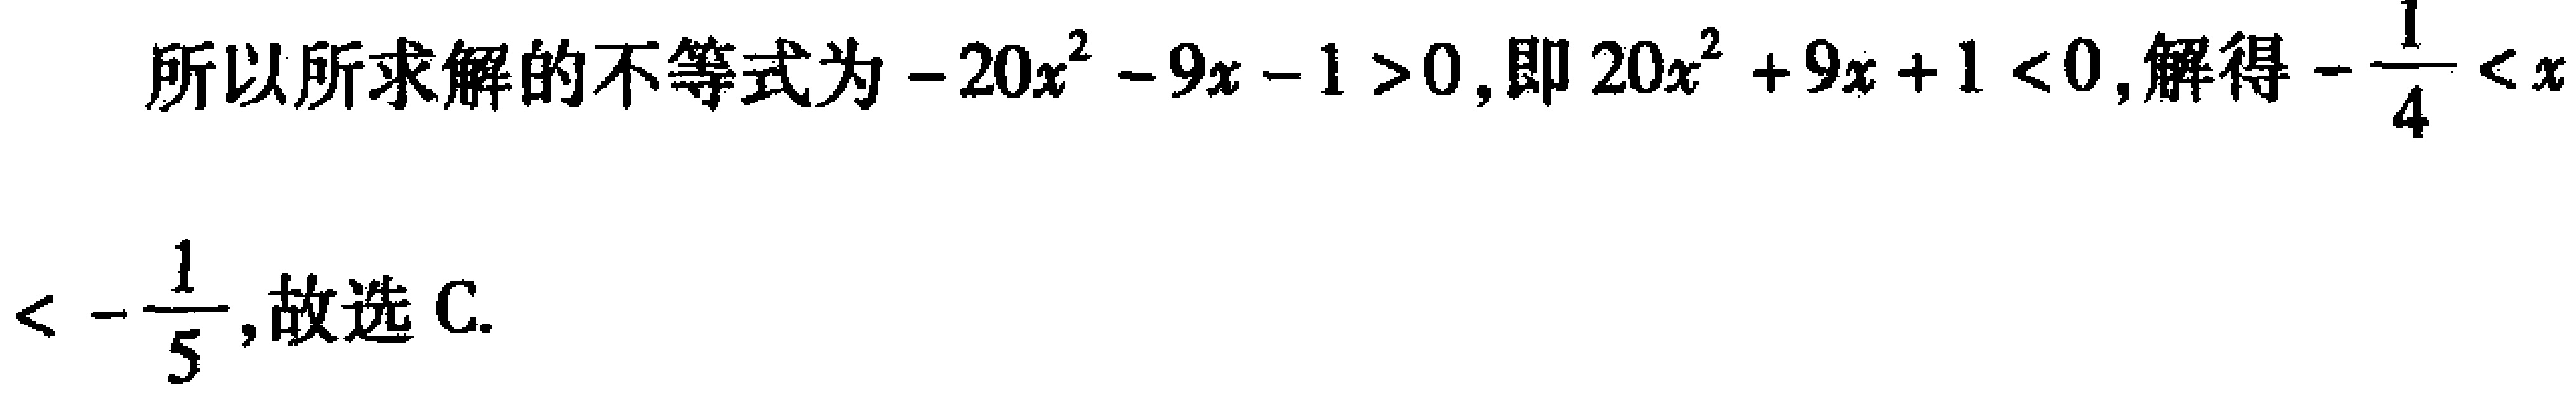
所以所求解的不等式为\(-20x^{2}-9x - 1>0\)，即\(20x^{2}+9x + 1<0\)，解得\(-\frac{1}{4}<x<-\frac{1}{5}\)，故选C.